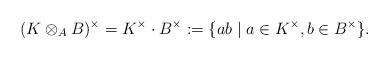
LaTeX: \begin{align*}(K \otimes_A B)^{\times} = K^{\times} \cdot B^{\times} := \{ab \mid a \in K^{\times}, b \in B^{\times} \}.\end{align*}